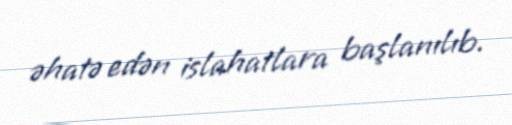
əhatə edən islahatlara başlanılıb.